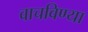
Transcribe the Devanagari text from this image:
वाचविण्या